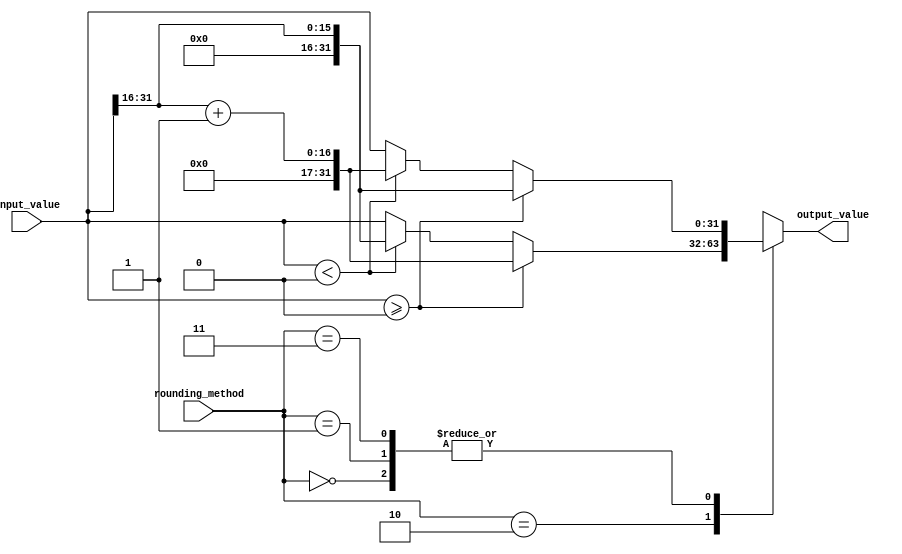
module fixed_point_rounding_unit (
    input signed [31:0] input_value,
    input [1:0] rounding_method,
    output reg signed [31:0] output_value
);

always @(*) begin
    case(rounding_method)
        2'b00: output_value = (input_value >= 0) ? input_value >> 16 : (input_value < 0) ? (input_value >> 16) + 1 : input_value; // round towards zero
        2'b01: output_value = (input_value >= 0) ? input_value >> 16 : (input_value < 0) ? (input_value >> 16) + 1 : input_value; // round towards positive infinity
        2'b10: output_value = (input_value >= 0) ? (input_value >> 16) + 1 : (input_value < 0) ? input_value >> 16 : input_value; // round towards negative infinity
        2'b11: output_value = (input_value >= 0) ? input_value >> 16 : (input_value < 0) ? (input_value >> 16) + 1 : input_value; // round to nearest with ties to even
    endcase
end

endmodule